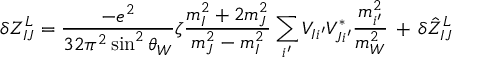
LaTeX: \delta Z _ { I J } ^ { L } = \frac { - e ^ { 2 } } { 3 2 \pi ^ { 2 } \sin ^ { 2 } \theta _ { W } } \zeta \frac { m _ { I } ^ { 2 } + 2 m _ { J } ^ { 2 } } { m _ { J } ^ { 2 } - m _ { I } ^ { 2 } } \sum _ { i ^ { \prime } } V _ { I i ^ { \prime } } V _ { J i ^ { \prime } } ^ { * } \frac { m _ { i ^ { \prime } } ^ { 2 } } { m _ { W } ^ { 2 } } \, + \, \delta \hat { Z } _ { I J } ^ { L }